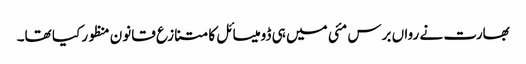
بھارت نے رواں برس مئی میں ہی ڈومیسائل کا متنازع قانون منظور کیا تھا۔